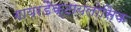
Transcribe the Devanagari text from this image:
गायरडैक्टायलोसिक